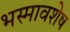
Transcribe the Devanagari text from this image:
भस्मावशेष